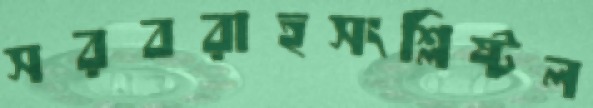
সরবরাহসংশ্লিষ্টল